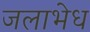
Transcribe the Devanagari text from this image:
जलाभेध